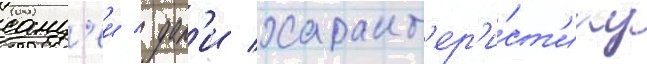
санд'еи / дал'и характ'ер'и́ст'ику